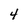
Character: 4